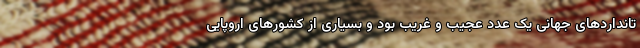
تانداردهای جهانی یک عدد عجیب و غریب بود و بسیاری از کشورهای اروپایی